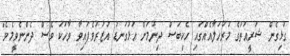
ގުޅިގެން ޝަރީއަތުގެ މަރުހަލާއެއްގައި ހެކިބަސް ދިނުމަށް އަޅުގަނޑު އުޒުރުވެފައިވާ ވާހަކަ ވެސް ދެންނެވީމެވެ"